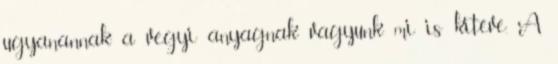
ugyanannak a vegyi anyagnak vagyunk mi is kitéve. A